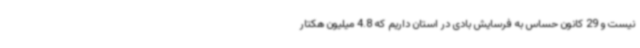
نیست و 29 کانون حساس به فرسایش بادی در استان داریم که 4.8 میلیون هکتار